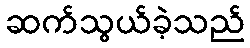
ဆက်သွယ်ခဲ့သည်